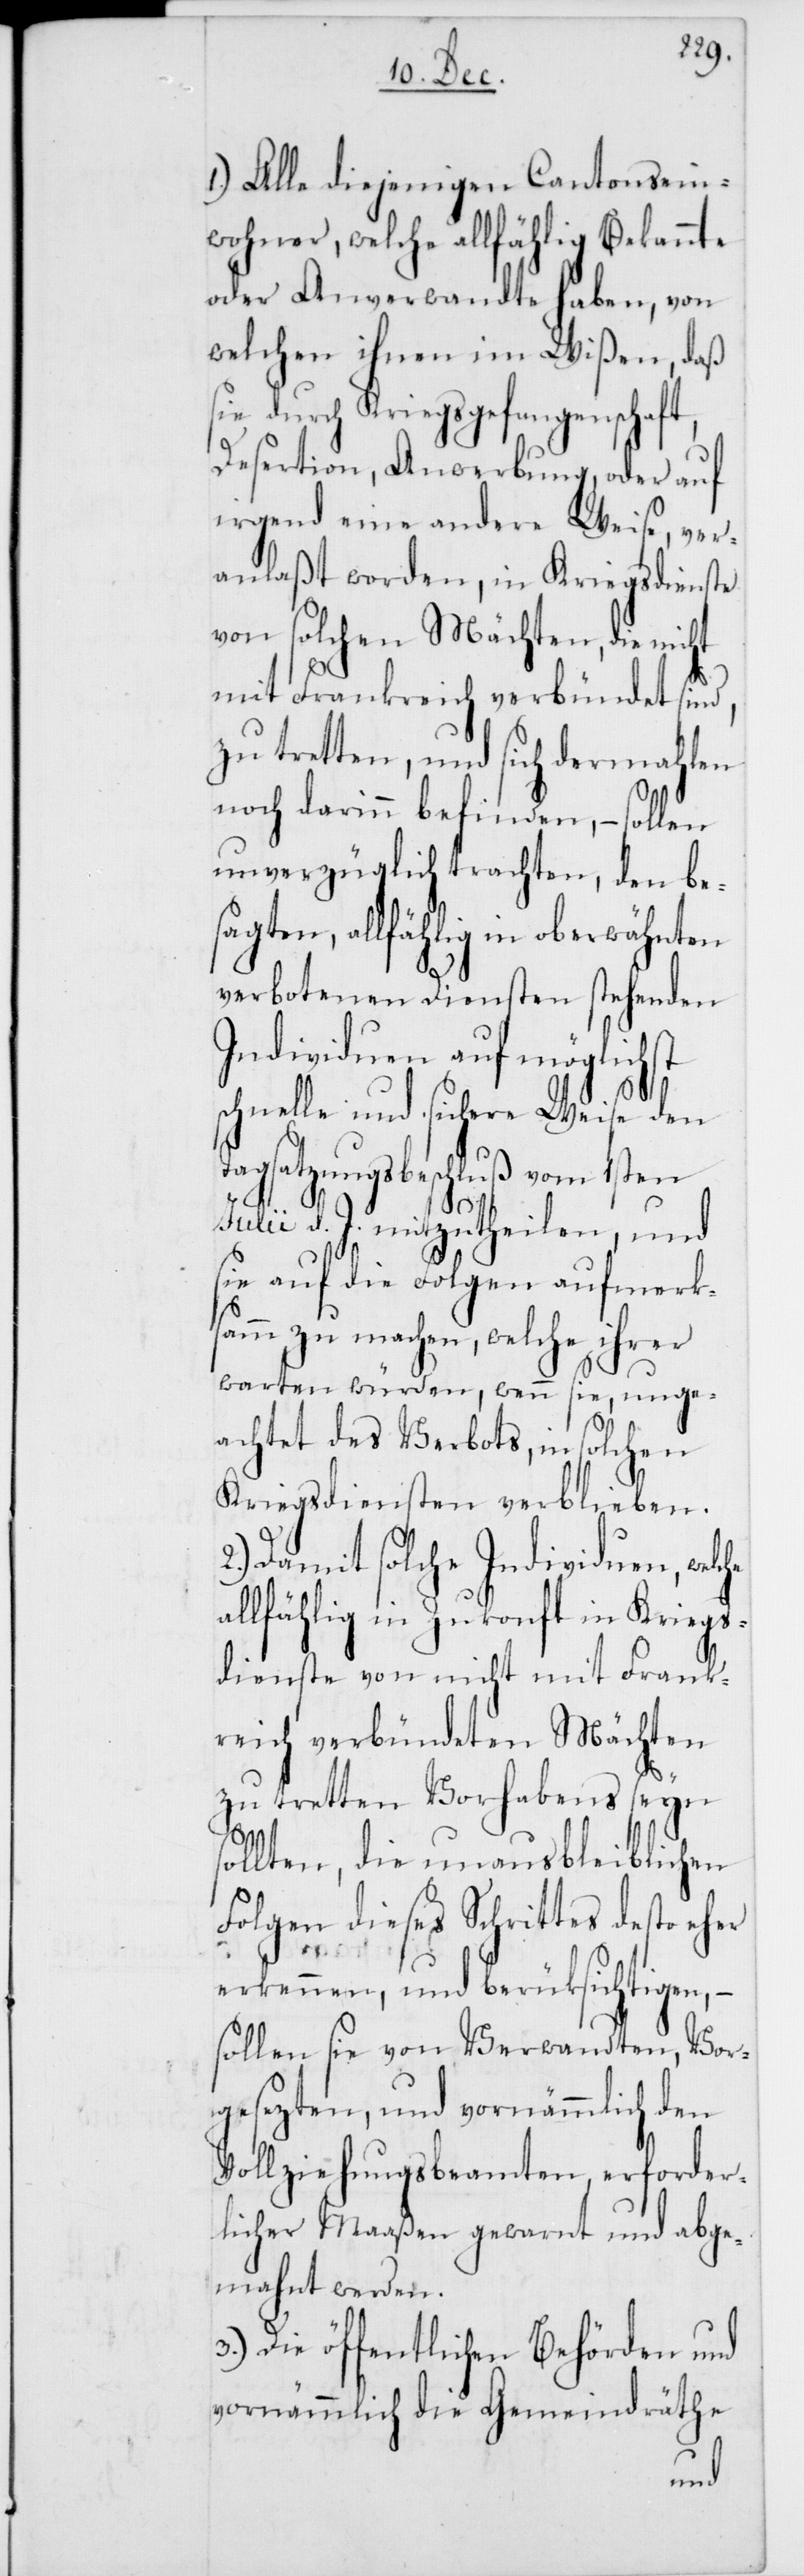
1.) Alle diejenigen Cantonsein¬
wohner, welche allfählig Bekannte
oder Anverwandte haben, von
welchen ihnen im Wi¬
daß
sie durch Kriegsgefangenscha¬
Desertion, Anwerbung, oder auf
irgend eine andere Weise, ver¬
anlaßt worden, in Kriegsdienste
von solchen Mächten, die
a¬
mit Frankreich verbündet sind,
zu tretten, und sich dermahlen
noch darinn befinden, – sollen
unverzüglich trachten, den be¬
sagten, allfählig in oberwähnten
verbotenen Diensten stehenden
Individuen auf möglichst
s¬
schnelle und sichere Weise den
agsatzungsbeschluß vom 1sten
Julii d. J. mitzutheilen, und
sie auf die Folgen aufmerk¬
sam zu machen, welche ihrer
warten würden, wenn sie, unge¬
achtet des Verbots, in solchen
Kriegsdiensten verblieben.
2.) Damit solche Individuen, welche
llfählig in Zukonft in Kriegs¬
dienste von nicht mit Frank¬
reich verbündeten Mächten
zu tretten Vorhabens seyn
ollten, die unausbleiblichen
Folgen dieses Schrittes desto eher
ßen,
erkennen, und berücksichtigen, –
sollen sie von Verwandten, Vor¬
gesezten, und vornämmlich den
Vollziehungsbeamten erforder¬
licher Maaßen gewarnt und abge¬
mahnt werden.
3.) Die öffentlichen Behörden und
vornämmlich die Gemeindräthe